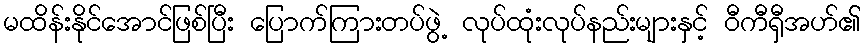
မထိန်းနိုင်အောင်ဖြစ်ပြီး ပြောက်ကြားတပ်ဖွဲ့ လုပ်ထုံးလုပ်နည်းများနှင့် ဝီကီရှီအဟ်၏